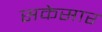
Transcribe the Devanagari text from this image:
सकेसार